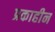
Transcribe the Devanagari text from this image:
प्रकाहीन